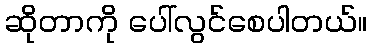
ဆိုတာကို ပေါ်လွင်စေပါတယ်။